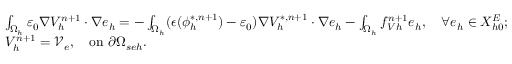
\begin{array} { r l } { \small } & { \int _ { \Omega _ { h } } \varepsilon _ { 0 } \nabla V _ { h } ^ { n + 1 } \cdot \nabla e _ { h } = - \int _ { \Omega _ { h } } ( \epsilon ( \phi _ { h } ^ { * , n + 1 } ) - \varepsilon _ { 0 } ) \nabla V _ { h } ^ { * , n + 1 } \cdot \nabla e _ { h } - \int _ { \Omega _ { h } } f _ { V h } ^ { n + 1 } e _ { h } , \quad \forall e _ { h } \in X _ { h 0 } ^ { E } ; } \\ & { V _ { h } ^ { n + 1 } = \mathcal V _ { e } , \quad \mathrm { o n } \ \partial \Omega _ { s e h } . } \end{array}